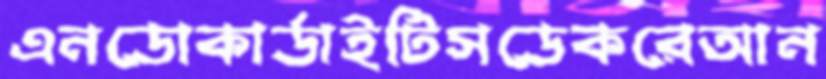
এনডোকার্ডাইটিসডেকরেআন